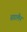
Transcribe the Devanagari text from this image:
रूडरमैन